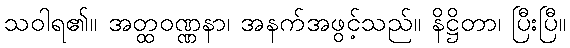
သဝါရ၏။ အတ္ထဝဏ္ဏနာ၊ အနက်အဖွင့်သည်။ နိဋ္ဌိတာ၊ ပြီးပြီ။